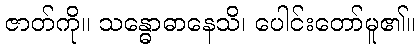
ဇာတ်ကို။ သန္ဓောဓာနေသိ၊ ပေါင်းတော်မူ၏။